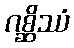
ဂစ္ဆိဿံ